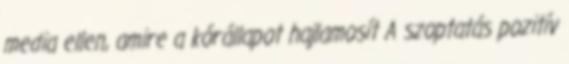
media ellen, amire a kórállapot hajlamosít A szoptatás pozitív